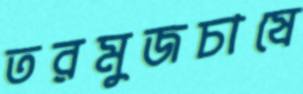
তরমুজচাষে